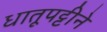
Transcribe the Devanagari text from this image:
धातूपट्टीने